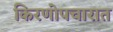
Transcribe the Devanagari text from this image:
किरणोपचारात